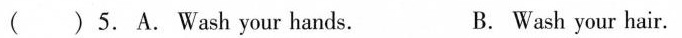
( ) 5.A. Wash your hands. B. Wash your hair.